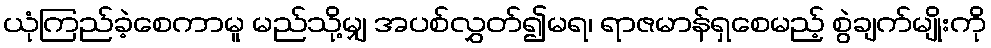
ယုံကြည်ခဲ့စေကာမူ မည်သို့မျှ အပစ်လွှတ်၍မရ၊ ရာဇမာန်ရှစေမည့် စွဲချက်မျိုးကို